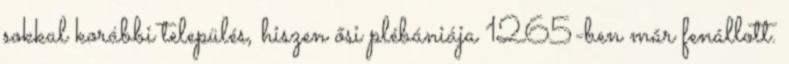
sokkal korábbi település, hiszen ősi plébániája 1265-ben már fenállott.